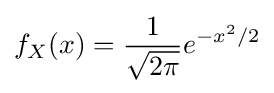
f_{X}(x)={\frac {1}{\sqrt {2\pi }}}e^{-x^{2}/2}